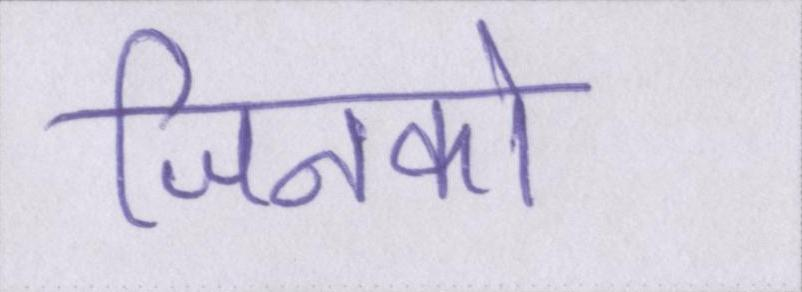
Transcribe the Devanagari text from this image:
जिनको